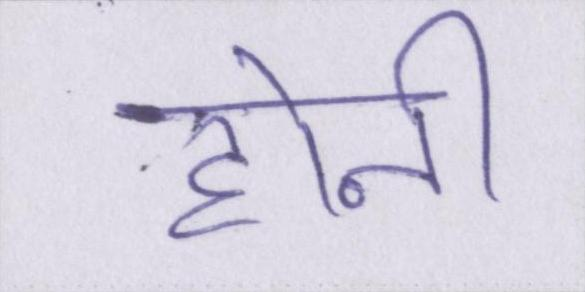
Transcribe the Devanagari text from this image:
होनी